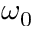
\omega _ { 0 }